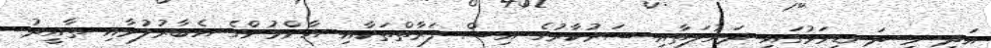
އަދި މި ދަނޑިވަޅުގައި ދައުލަތާއި ސަރުކާރުގެ އިސް ފަރާތްތަކާއި އާންމުންގެ އެބާރުލުމާއި ތާއީދު